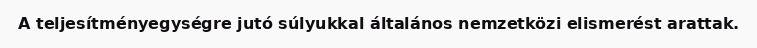
A teljesítményegységre jutó súlyukkal általános nemzetközi elismerést arattak.